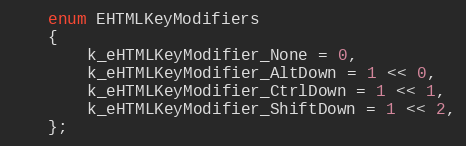
Language: C
	enum EHTMLKeyModifiers
	{
		k_eHTMLKeyModifier_None = 0,
		k_eHTMLKeyModifier_AltDown = 1 << 0,
		k_eHTMLKeyModifier_CtrlDown = 1 << 1,
		k_eHTMLKeyModifier_ShiftDown = 1 << 2,
	};